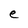
Character: e